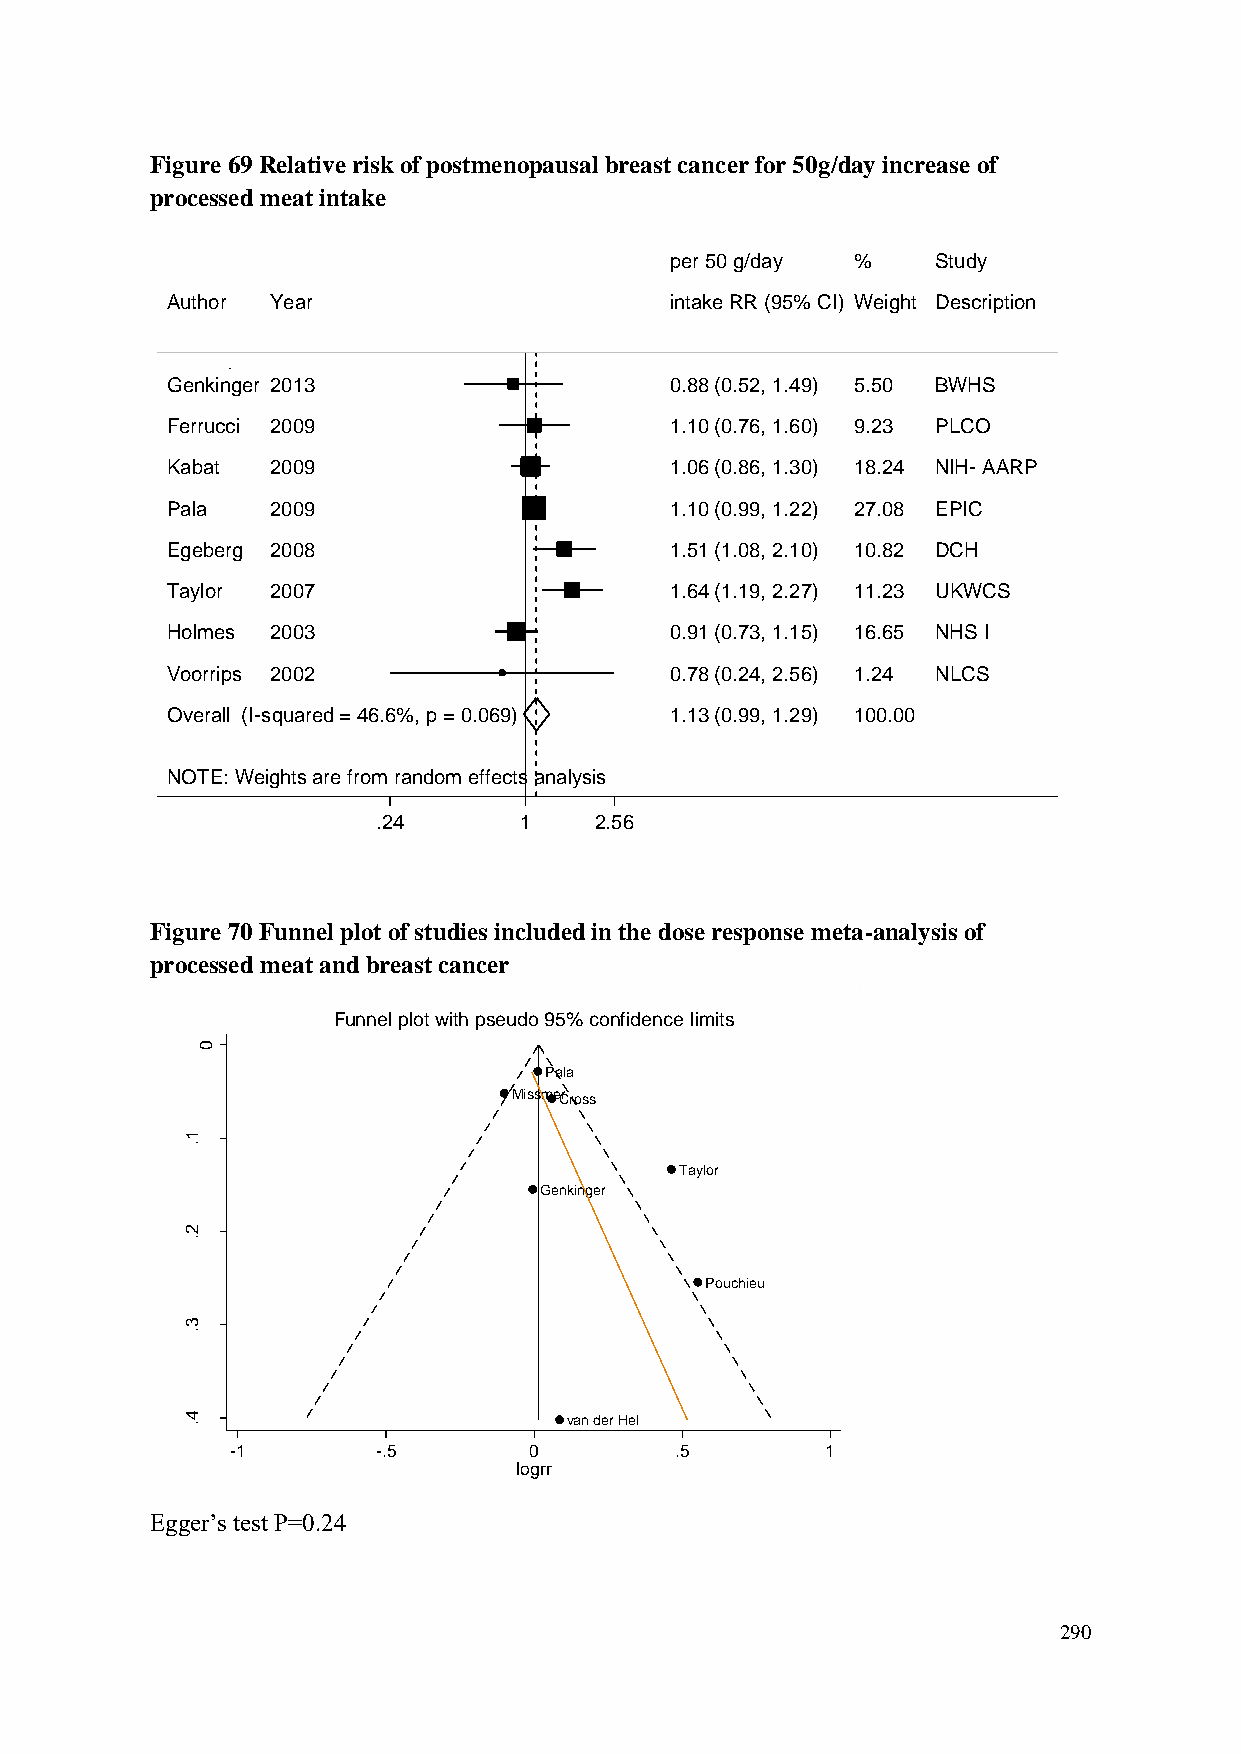
Figure 69 Relative risk of postmenopausal breast cancer for 50g/day increase of
 processed meat intake
 ppeerr 5500 gg//ddaayy %% Study
 Author Year                      iinnttaakkee RRRR ((9955%% CCII)) WWeeiigghhtt Description
 Genkinger 2013                   00..8888 ((00..5522,, 11..4499)) 55..5500 BWHS
 Ferrucci 2009                    11..1100 ((00..7766,, 11..6600)) 99..2233 PLCO
 Kabat  2009                      11..0066 ((00..8866,, 11..3300)) 1188..2244 NIH- AARP
 Pala   2009                      11..1100 ((00..9999,, 11..2222)) 2277..0088 EPIC
 Egeberg 2008                     11..5511 ((11..0088,, 22..1100)) 1100..8822 DCH
 Taylor 2007                      11..6644 ((11..1199,, 22..2277)) 1111..2233 UKWCS
 Holmes 2003                      00..9911 ((00..7733,, 11..1155)) 1166..6655 NHS I
 Voorrips 2002                    00..7788 ((00..2244,, 22..5566)) 11..2244 NLCS
 Overall (I-squared = 46.6%, p = 0.069) 11..1133 ((00..9999,, 11..2299)) 110000..0000
 NOTE: Weights are from random effects analysis
 .24      11   2.56
 Figure 70 Funnel plot of studies included in the dose response meta-analysis of
 processed meat and breast cancer
 Funnel plot with pseudo 95% confidence limits
 0
 Pala
 MissmeCrross
 1
 .
 Taylor
 rrg                             Genkinger
 o
 l fo    2 .
 .e
 .s
 Pouchieu
 3
 .
 4 .                       van der Hel
 -1        -.5       0         .5        1
 logrr
 Egger’s test P=0.24
 290